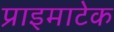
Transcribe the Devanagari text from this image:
प्राइमाटेक